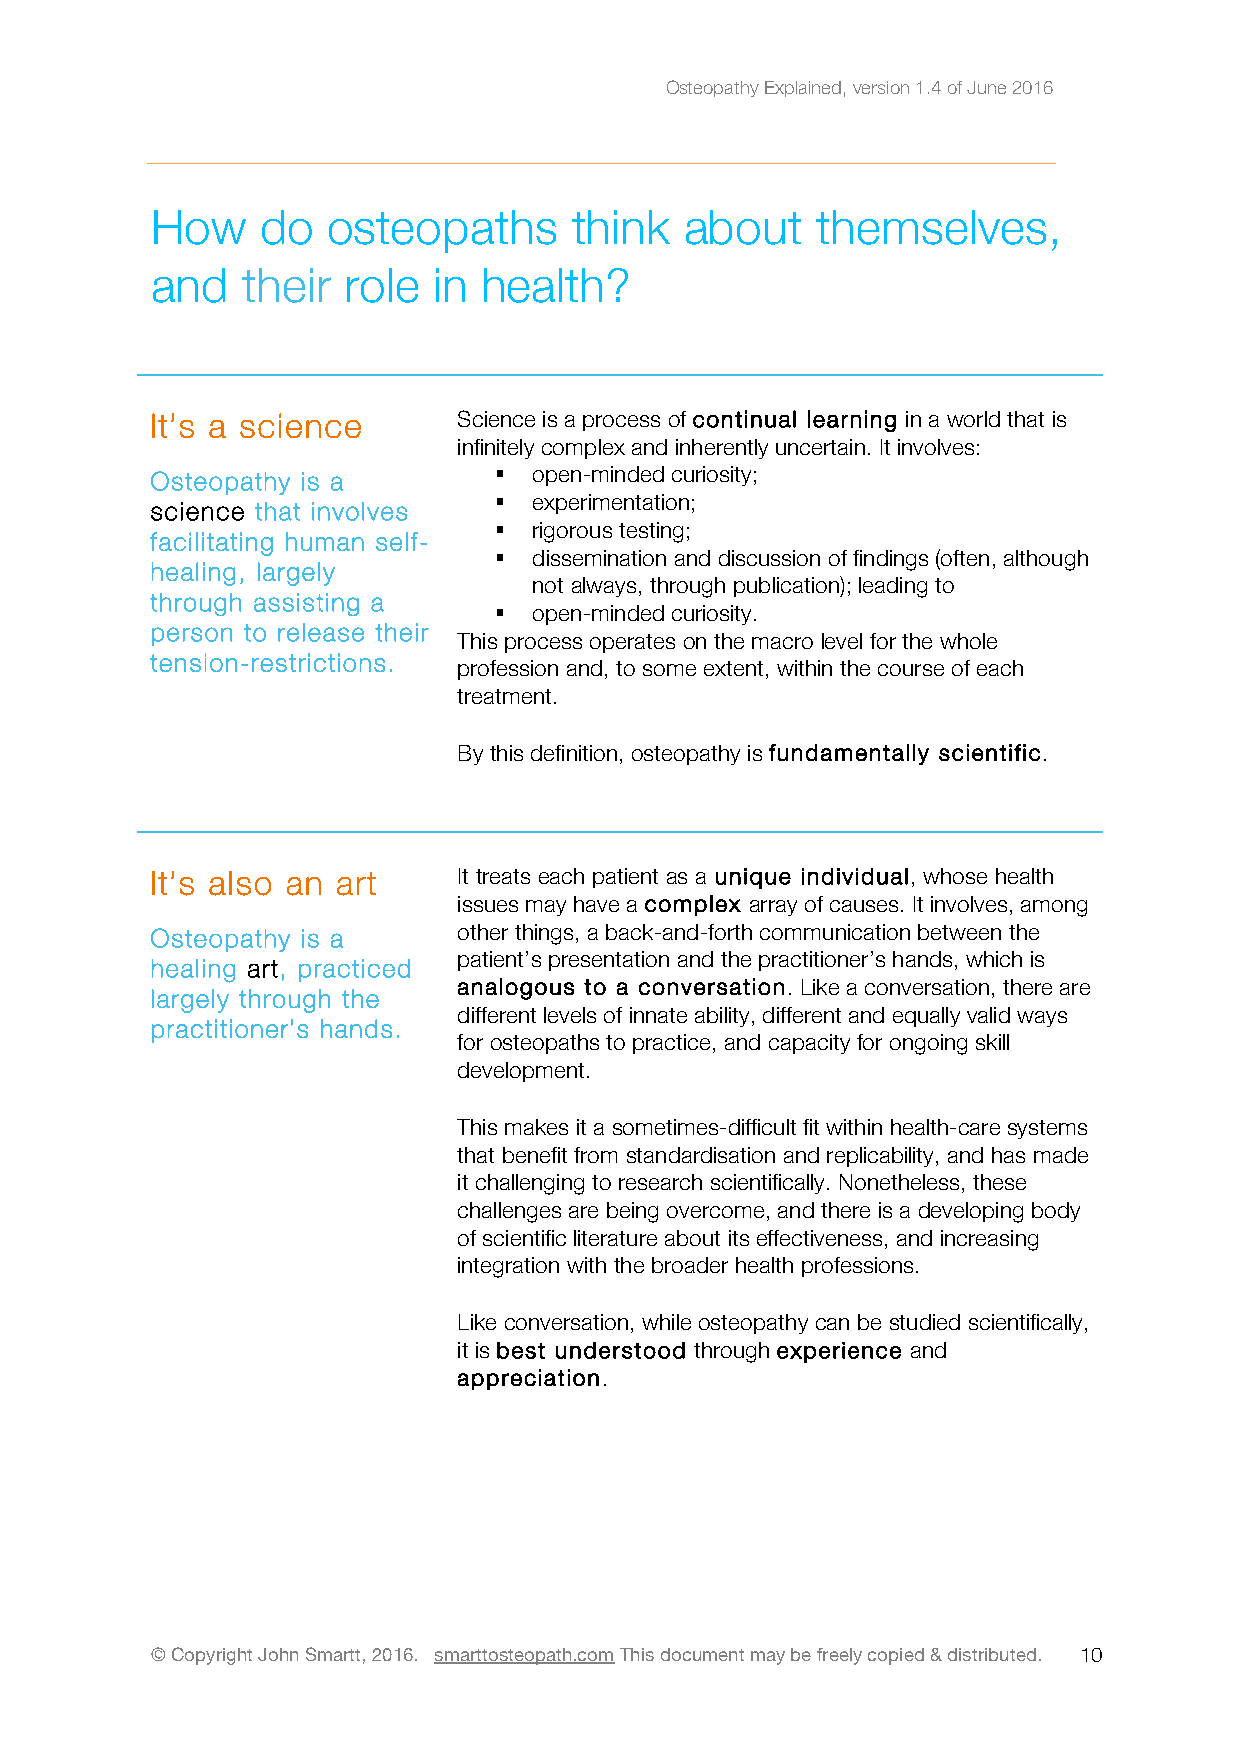
Osteopathy Explained, version 1.4 of June 2016
 How    do   osteopaths      think  about    themselves,
 and   their  role  in health?
 It’s a science      Science is a process of continual learning in a world that is
 infinitely complex and inherently uncertain. It involves:
 Osteopathy is a        ! open-minded curiosity;
 ! experimentation;
 science that involves
 ! rigorous testing;
 facilitating human self-
 ! dissemination and discussion of findings (often, although
 healing, largely
 not always, through publication); leading to
 through assisting a
 ! open-minded curiosity.
 person to release their
 This process operates on the macro level for the whole
 tension-restrictions.
 profession and, to some extent, within the course of each
 treatment.
 By this definition, osteopathy is fundamentally scientific.
 It’s also an art    It treats each patient as a unique individual, whose health
 issues may have a complex array of causes. It involves, among
 Osteopathy is a     other things, a back-and-forth communication between the
 patient’s presentation and the practitioner’s hands, which is
 healing art, practiced
 analogous to a conversation. Like a conversation, there are
 largely through the
 different levels of innate ability, different and equally valid ways
 practitioner’s hands.
 for osteopaths to practice, and capacity for ongoing skill
 development.
 This makes it a sometimes-difficult fit within health-care systems
 that benefit from standardisation and replicability, and has made
 it challenging to research scientifically. Nonetheless, these
 challenges are being overcome, and there is a developing body
 of scientific literature about its effectiveness, and increasing
 integration with the broader health professions.
 Like conversation, while osteopathy can be studied scientifically,
 it is best understood through experience and
 appreciation.
 © Copyright John Smartt, 2016. smarttosteopath.com This document may be freely copied & distributed. 1 0